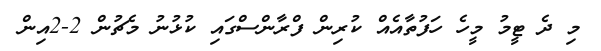
މި ދެ ޓީމު މީހެ ހަފުތާއެއް ކުރިން ފްރާންސްގައި ކުޅުނު މެޗުން 2-2އިން